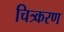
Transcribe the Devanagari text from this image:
चित्र्करण